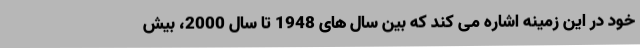
خود در این زمینه اشاره می کند که بین سال های 1948 تا سال 2000، بیش